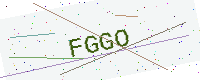
Text: FGGO